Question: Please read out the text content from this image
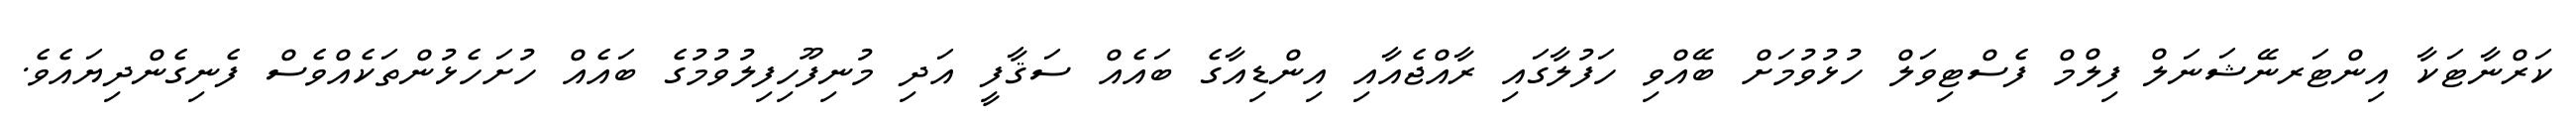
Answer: ކަރްނާޓަކާ އިންޓަރނޭޝަނަލް ފިލްމް ފެސްޓިވަލް ހުޅުވުމަށް ބޭއްވި ހަފުލާގައި ރާއްޖެއާއި އިންޑިއާގެ ބައެއް ސަޤާފީ އަދި މުނިފޫހިފިލުވުމުގެ ބައެއް ހުށަހެޅުންތަކެއްވެސް ފެނިގެންދިޔައެވެ.